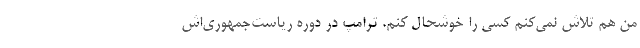
من هم تلاش نمی‌کنم کسی را خوشحال کنم. ترامپ در دوره ریاست‌جمهوری‌اش